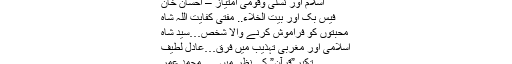
عبداالقادرہزاروی
اسلام اور نسلی وقومی امتیاز – احسان خان
فیس بک اور بیت الخلاء.. مفتی کفایت اللہ شاہ
محبتوں کو فراموش کرنے والا شخص…سید شاہ
اسلامی اور مغربی تہذیب میں فرق…عادل لطیف
تکبر”قرآن” کی نظر میں…. محمد عمر
فتوی چاہیے !